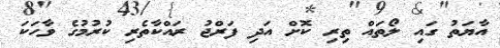
އާޔަތު ގައި ލޯތައް ތިރި ކޮށް އަދި ފަރްޖު ރައްކާތެރި ކުރުމުގެ ވާހަކަ